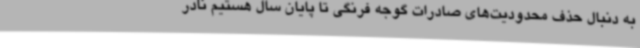
به دنبال حذف محدودیت‌های صادرات گوجه فرنگی تا پایان سال هستیم نادر